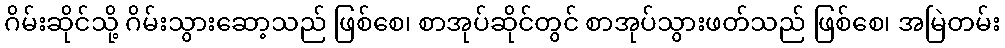
ဂိမ်းဆိုင်သို့ ဂိမ်းသွားဆော့သည် ဖြစ်စေ၊ စာအုပ်ဆိုင်တွင် စာအုပ်သွားဖတ်သည် ဖြစ်စေ၊ အမြဲတမ်း